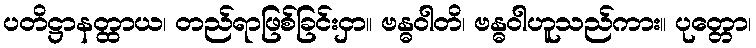
ပတိဋ္ဌာနတ္ထာယ၊ တည်ရာဖြစ်ခြင်းငှာ။ ဗန္ဓဝါတိ၊ ဗန္ဓဝါဟူသည်ကား။ ပုတ္တော၊